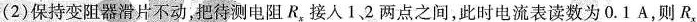
(2)保持变阻器滑片不动，把待测电阻R_{x}接入1、2两点之间，此时电流表读数为0.1A，则R_{x}